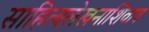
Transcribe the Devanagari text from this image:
साहित्यलेखनाशिवाय